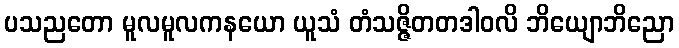
ပသညတော မူလမူလကနယော ယူသံ တံသဇ္ဇိတတဒါဝလိ ဘိယျောဘိညော